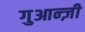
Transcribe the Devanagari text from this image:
गुआन्ज़ी